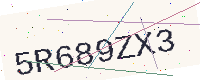
Text: 5R689ZX3